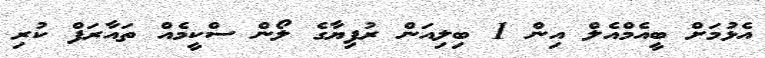
އެޅުމަށް ބީއެމްއެލް އިން 1 ބިލިއަން ރުފިޔާގެ ލޯން ސްކީމެއް ތައާރަފް ކުރި